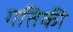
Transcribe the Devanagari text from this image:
गतिकी